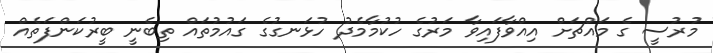
މުރުސީ ގެ މައްޗަށް އިއްވާފައިވާ މަރުގެ ހުކުމާމެދު ހުޅަނގުގެ ގައުމުތައް ތިބެނީ ބީރުކަންފަތެއް